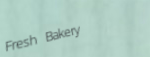
Fresh Bakery